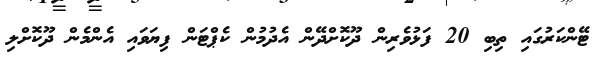
ޓޭންކަރުގައި ތިބި 20 ފަޅުވެރިން ދޫކޮށްދޭން އެދުމުން ކެޕްޓަން ފިޔަވައި އެންމެން ދޫކޮށްލި